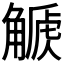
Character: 𧤫